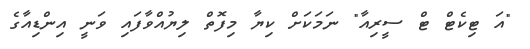
"އަ ޓިކެޓް ޓް ސީރިއާ" ނަމަކަށް ކިޔާ މިފޮތް ލިޔުއްވާފައި ވަނީ އިންޑިއާގެ